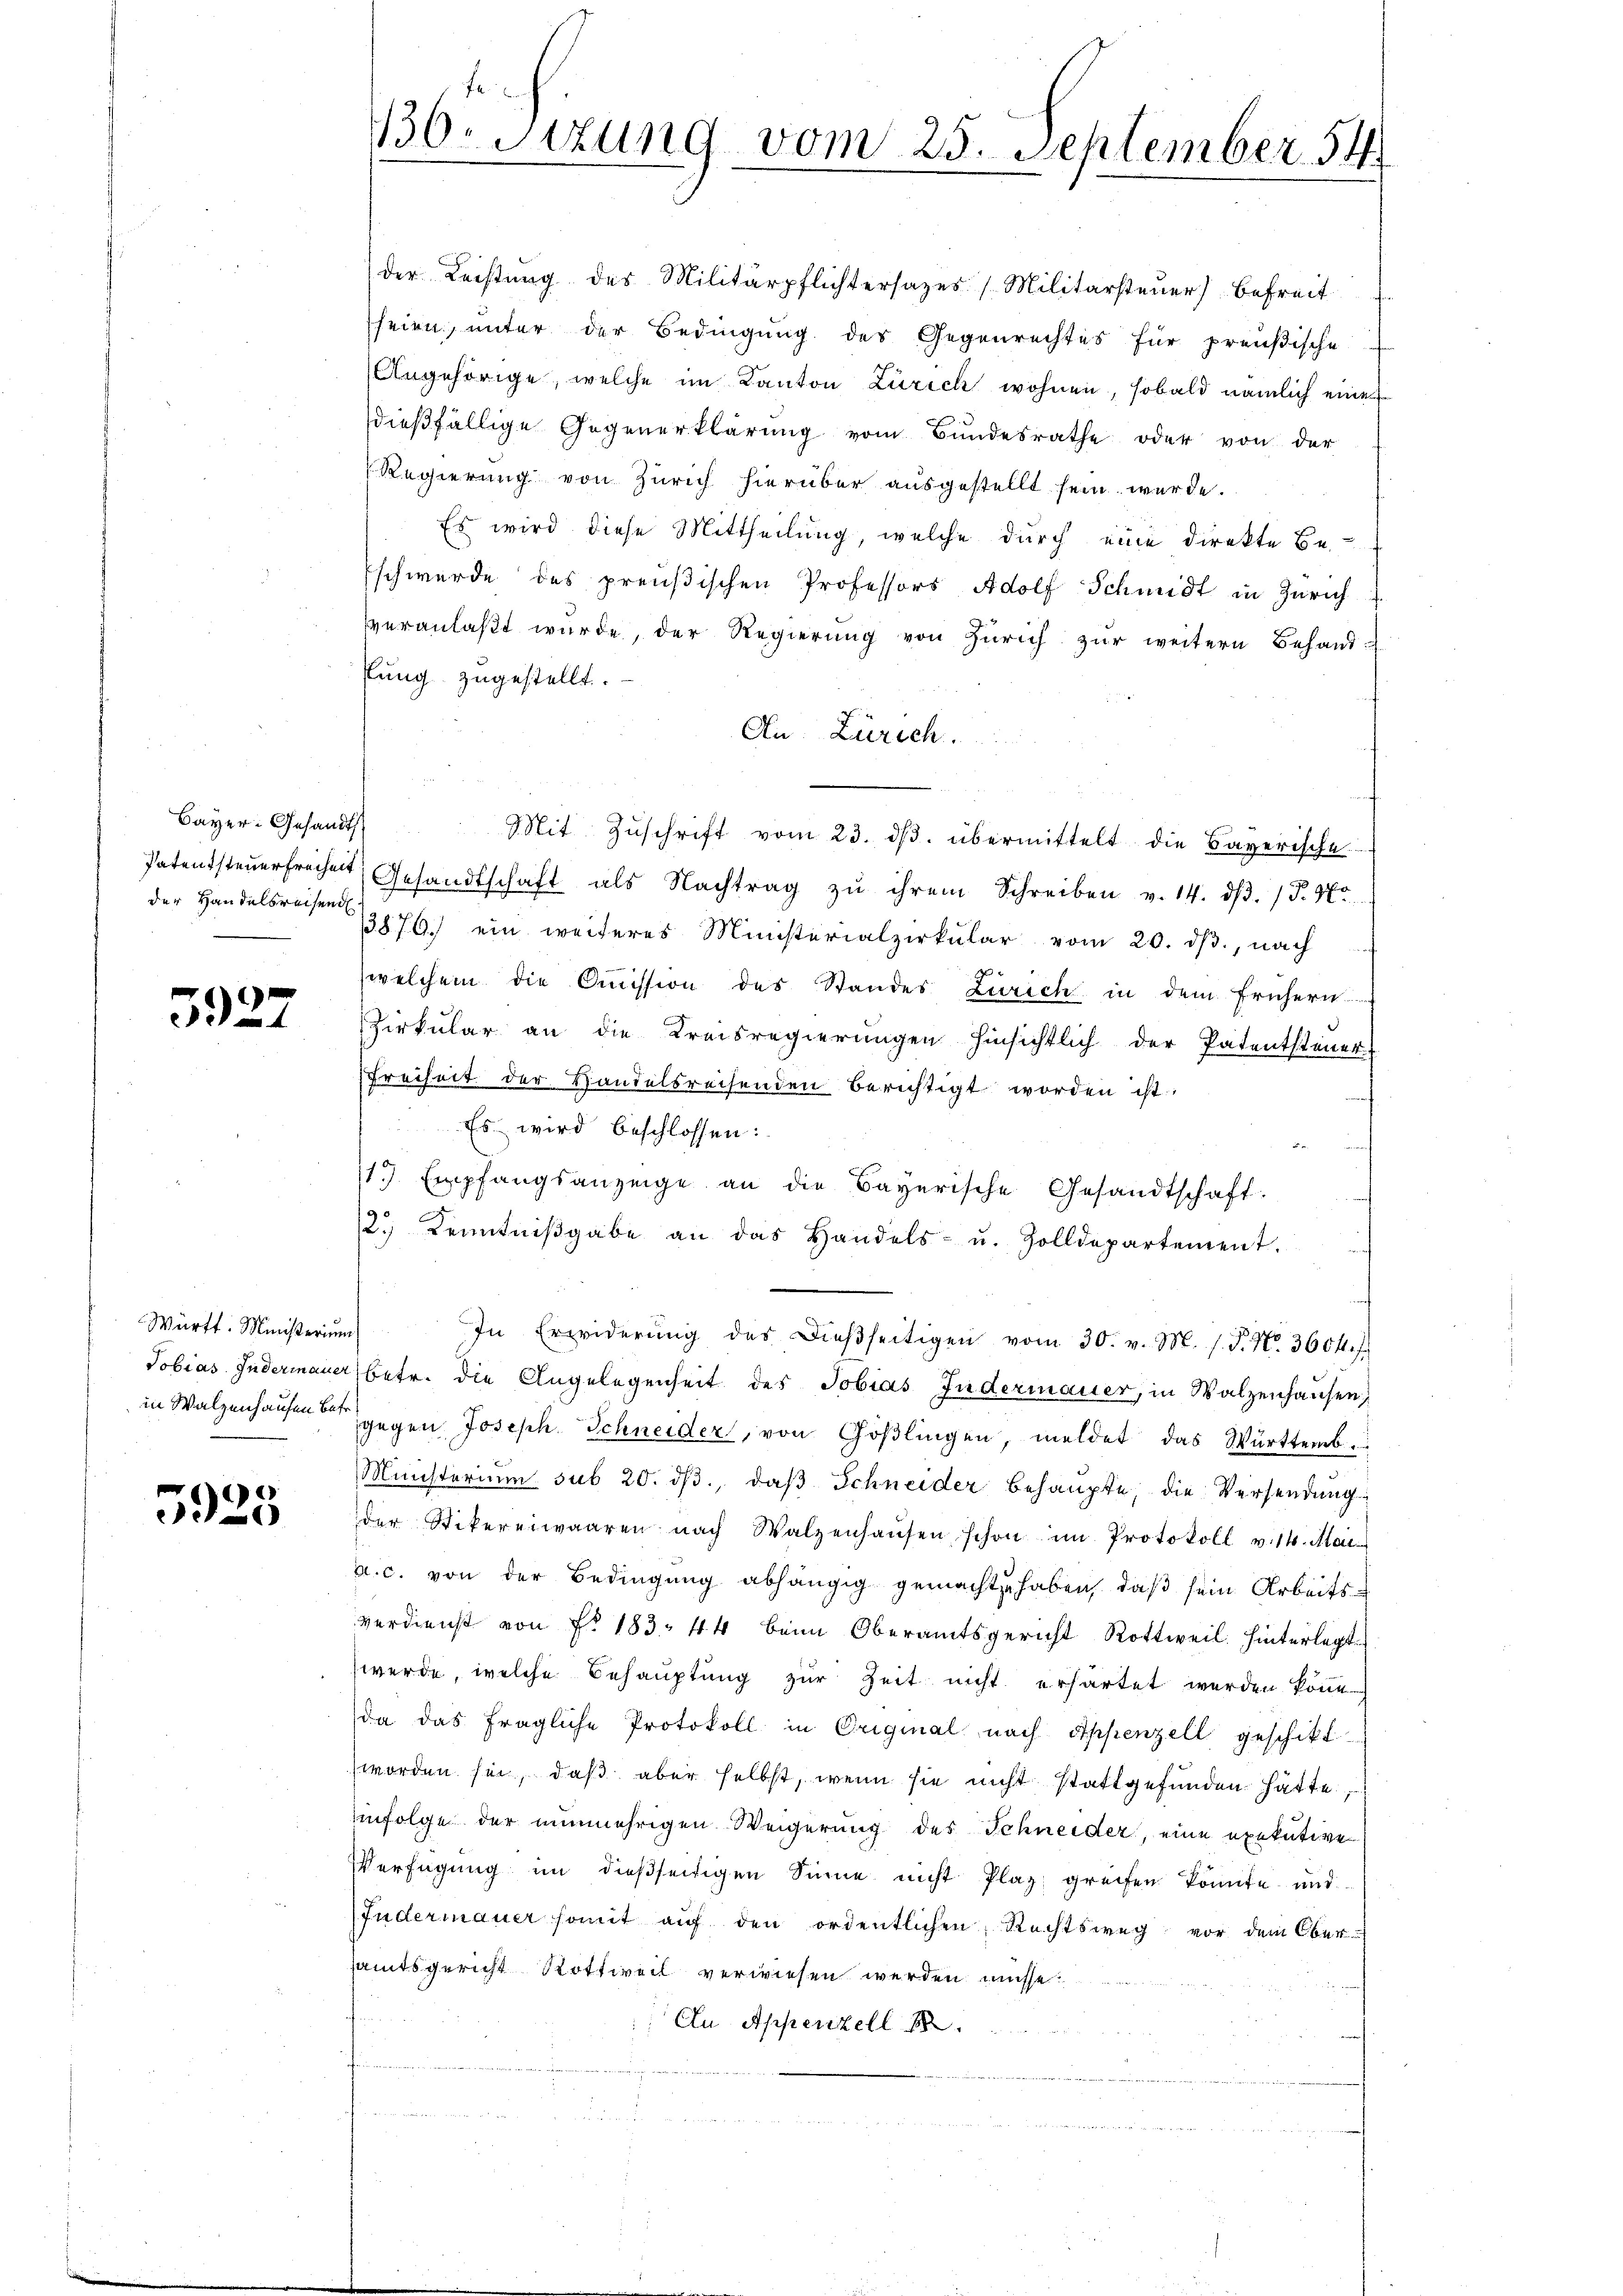
Bayer-Gesandts
der Handelsreisend

5927

Württ. Ministerium

0
)

der Leistung des Militärpflichtersages Militärsteuer) Befreit
heien, unter der Bedingung des Gegenrechtes für preußische
Angehörige, welche im Kanton Zürich wohnen, sobald nämlich einer
dießfällige Gegenerklärŭng vom Bundesrathe oder von der
Regierŭng von Zürich hierüber aŭsgestellt sein werde.
Es wird diese Mittheilung, welche durch eine direkte Beschwerde des preußischen Professors Adolf Schmidt in Zürich
vveranlaβt wŭrde, der Regierŭng von Zürich zŭr weitern Behandkung zugestellt.
An Zürich.
Mit Zŭschrift vom 23. dβ. übermittelt die Bayerische
Patentsteŭerfreiheit Gesandtschaft als Nachtrag zŭ ihrem Schreiben v. 14. dβ. / P. Nr.
13876. ein weiteres Ministerialpirkŭlar vom 20. dβ, nach
u
welchem die Qmission des Standes Zürich in dem frühern
Zirkŭlar an die Kreisregierŭngen hinsichtlich der Patentsteŭer-
Freiheit der Handelsreisenden berichtigt worden ist.
Es wird beschlossen:
13). Empfangsanzeige an die Bayerische Gesandtschaft.
2.) Kenntniβgabe an das Handels- u. Zolldepartement.
In Erwiderŭng des dießseitigen vom 30. v. M. s. S. Nr. 3604 f.
Tobias Indermauer betr. die Angelegenheit des Tobias Indermauer, in Walzenhausen,
in Walzenhausen gegen Joseph Schneider, von Göβlingen, meldet das Württemb.
Ministerium sub 20. dβ, daβ Schneider behaupte, die Versendung
der Stikereiwaaren nach Walzenhaŭsen schon im Protokoll v. 14. Mai
a. c. von der Bedingŭng abhängig gemachte haben, daß sein Arbeitsverdienst von Fr. 183. 44 beim Oberamtsgericht Rottweil hinterlegt
werde, welche Behauptung zur Zeit nicht erhartet werden könne.
da das fragliche Protokoll in Original nach Appenzell geschikt
worden sei, daβ aber selbst, wenn sie nicht stattgefunden hätte,
infolge der nunmehrigen Weigerung des Schneider, eine exekutive
Verfügung im dießseitigen Sinne nicht Plaz greifen könnte und
Fudermauer somit auf den ordentlichen Rechtsweg vor dem Ober-
samtsgericht Rottweil verwiesen werden müsse.
An Appenzell 18

136. Sitzung vom 25. September 54